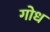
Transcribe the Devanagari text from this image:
गोध